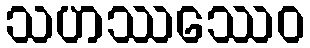
သဟဿဿေဝ